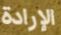
الإرادة